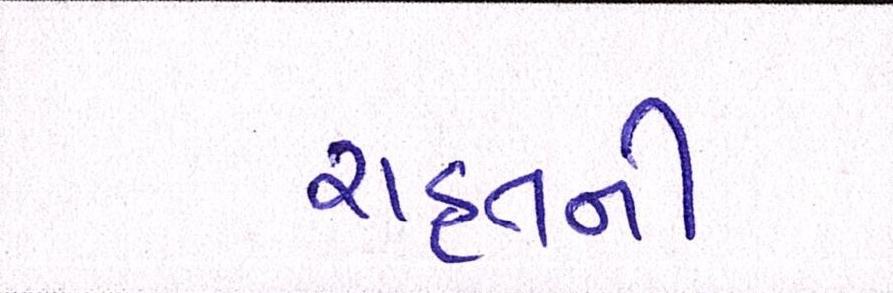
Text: રાહતની